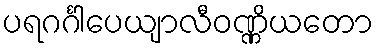
ပရဂင်္ဂါပေယျာလီဝဏ္ဏိယတော